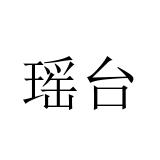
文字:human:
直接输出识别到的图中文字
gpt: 瑶台